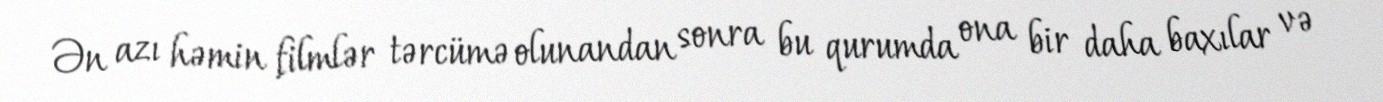
Ən azı həmin filmlər tərcümə olunandan sonra bu qurumda ona bir daha baxılar və